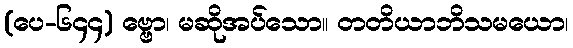
(ပေ-၆၄၄) ဗ္ဗော၊ မဆိုအပ်သော။ တတိယာဘိသမယော၊